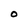
Character: O